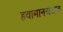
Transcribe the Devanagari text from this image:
हवामानअंदाज